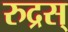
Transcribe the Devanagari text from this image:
रुद्रस्